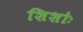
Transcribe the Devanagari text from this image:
शिशोः